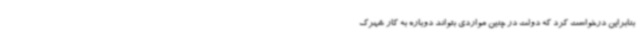
بنابراین درخواست کرد که دولت در چنین مواردی بتواند دوباره به کار شهرک